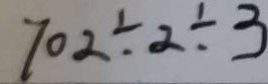
7 0 2 \div 2 \div 3